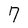
Character: 7